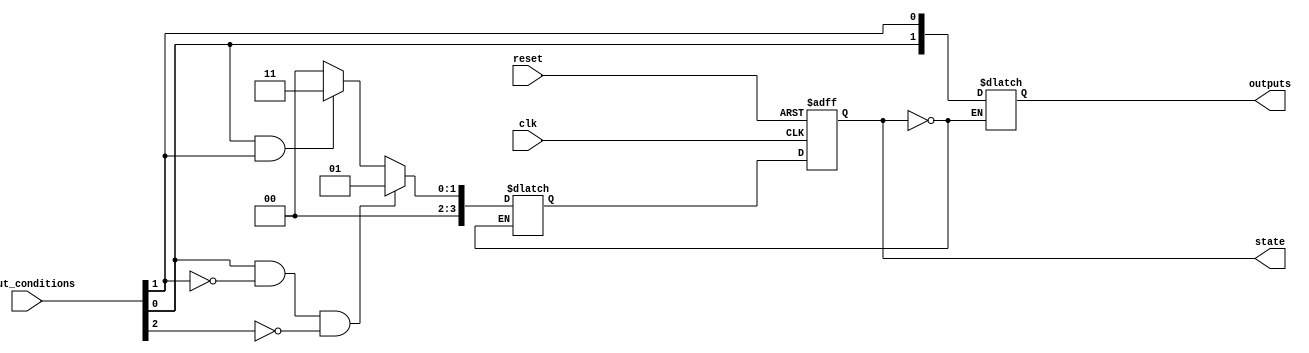
module state_machine (
    input wire clk,
    input wire reset,
    input wire [N-1:0] input_conditions,
    output wire [M-1:0] outputs,
    
    output reg [P-1:0] state
);

parameter N = 4; // Number of input conditions
parameter M = 2; // Number of outputs
parameter P = 4; // Number of states

reg [P-1:0] next_state;

always @ (posedge clk or posedge reset) begin
    if (reset) begin
        state <= 0;
    end else begin
        state <= next_state;
    end
end

always @(*) begin
    case(state)
        0: begin // State 0
            if (input_conditions[0] && !input_conditions[1] && !input_conditions[2]) begin
                next_state = 1;
            end else if (input_conditions[0] && input_conditions[1]) begin
                next_state = 3;
            end else begin
                next_state = 0;
            end
        end
        1: begin // State 1
            // Define next state transitions and output logic for State 1
        end
        // Define next state transitions and output logic for all other states
    endcase
end

always @ (*) begin
    case (state)
        0: begin // State 0
            outputs = {input_conditions[0], input_conditions[1]}; // Define outputs based on state 0
        end
        1: begin // State 1
            // Define outputs for State 1
        end
        // Define outputs for all other states
    endcase
end

endmodule